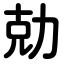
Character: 勀